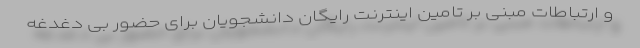
و ارتباطات مبنی بر تامین اینترنت رایگان دانشجویان برای حضور بی دغدغه